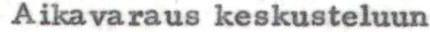
Aikavaraus keskusteluun